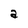
Character: a